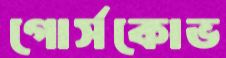
গোর্সকোভ